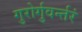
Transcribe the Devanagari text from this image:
गुरोर्गुवर्न्तरं